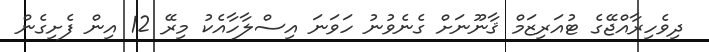
ދިވެހިރާއްޖޭގެ ޓުއަރިޒަމް ޤާނޫނަށް ގެނެވުނު ހަވަނަ އިސްލާހާއެކު މިރޭ 12 އިން ފެށިގެން